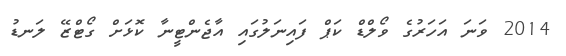
2014 ވަނަ އަހަރުގެ ވޯލްޑް ކަޕް ފައިނަލުގައި އާޖެންޓީނާ ކޮޅަށް ގޯޓްޒޭ ލަނޑު